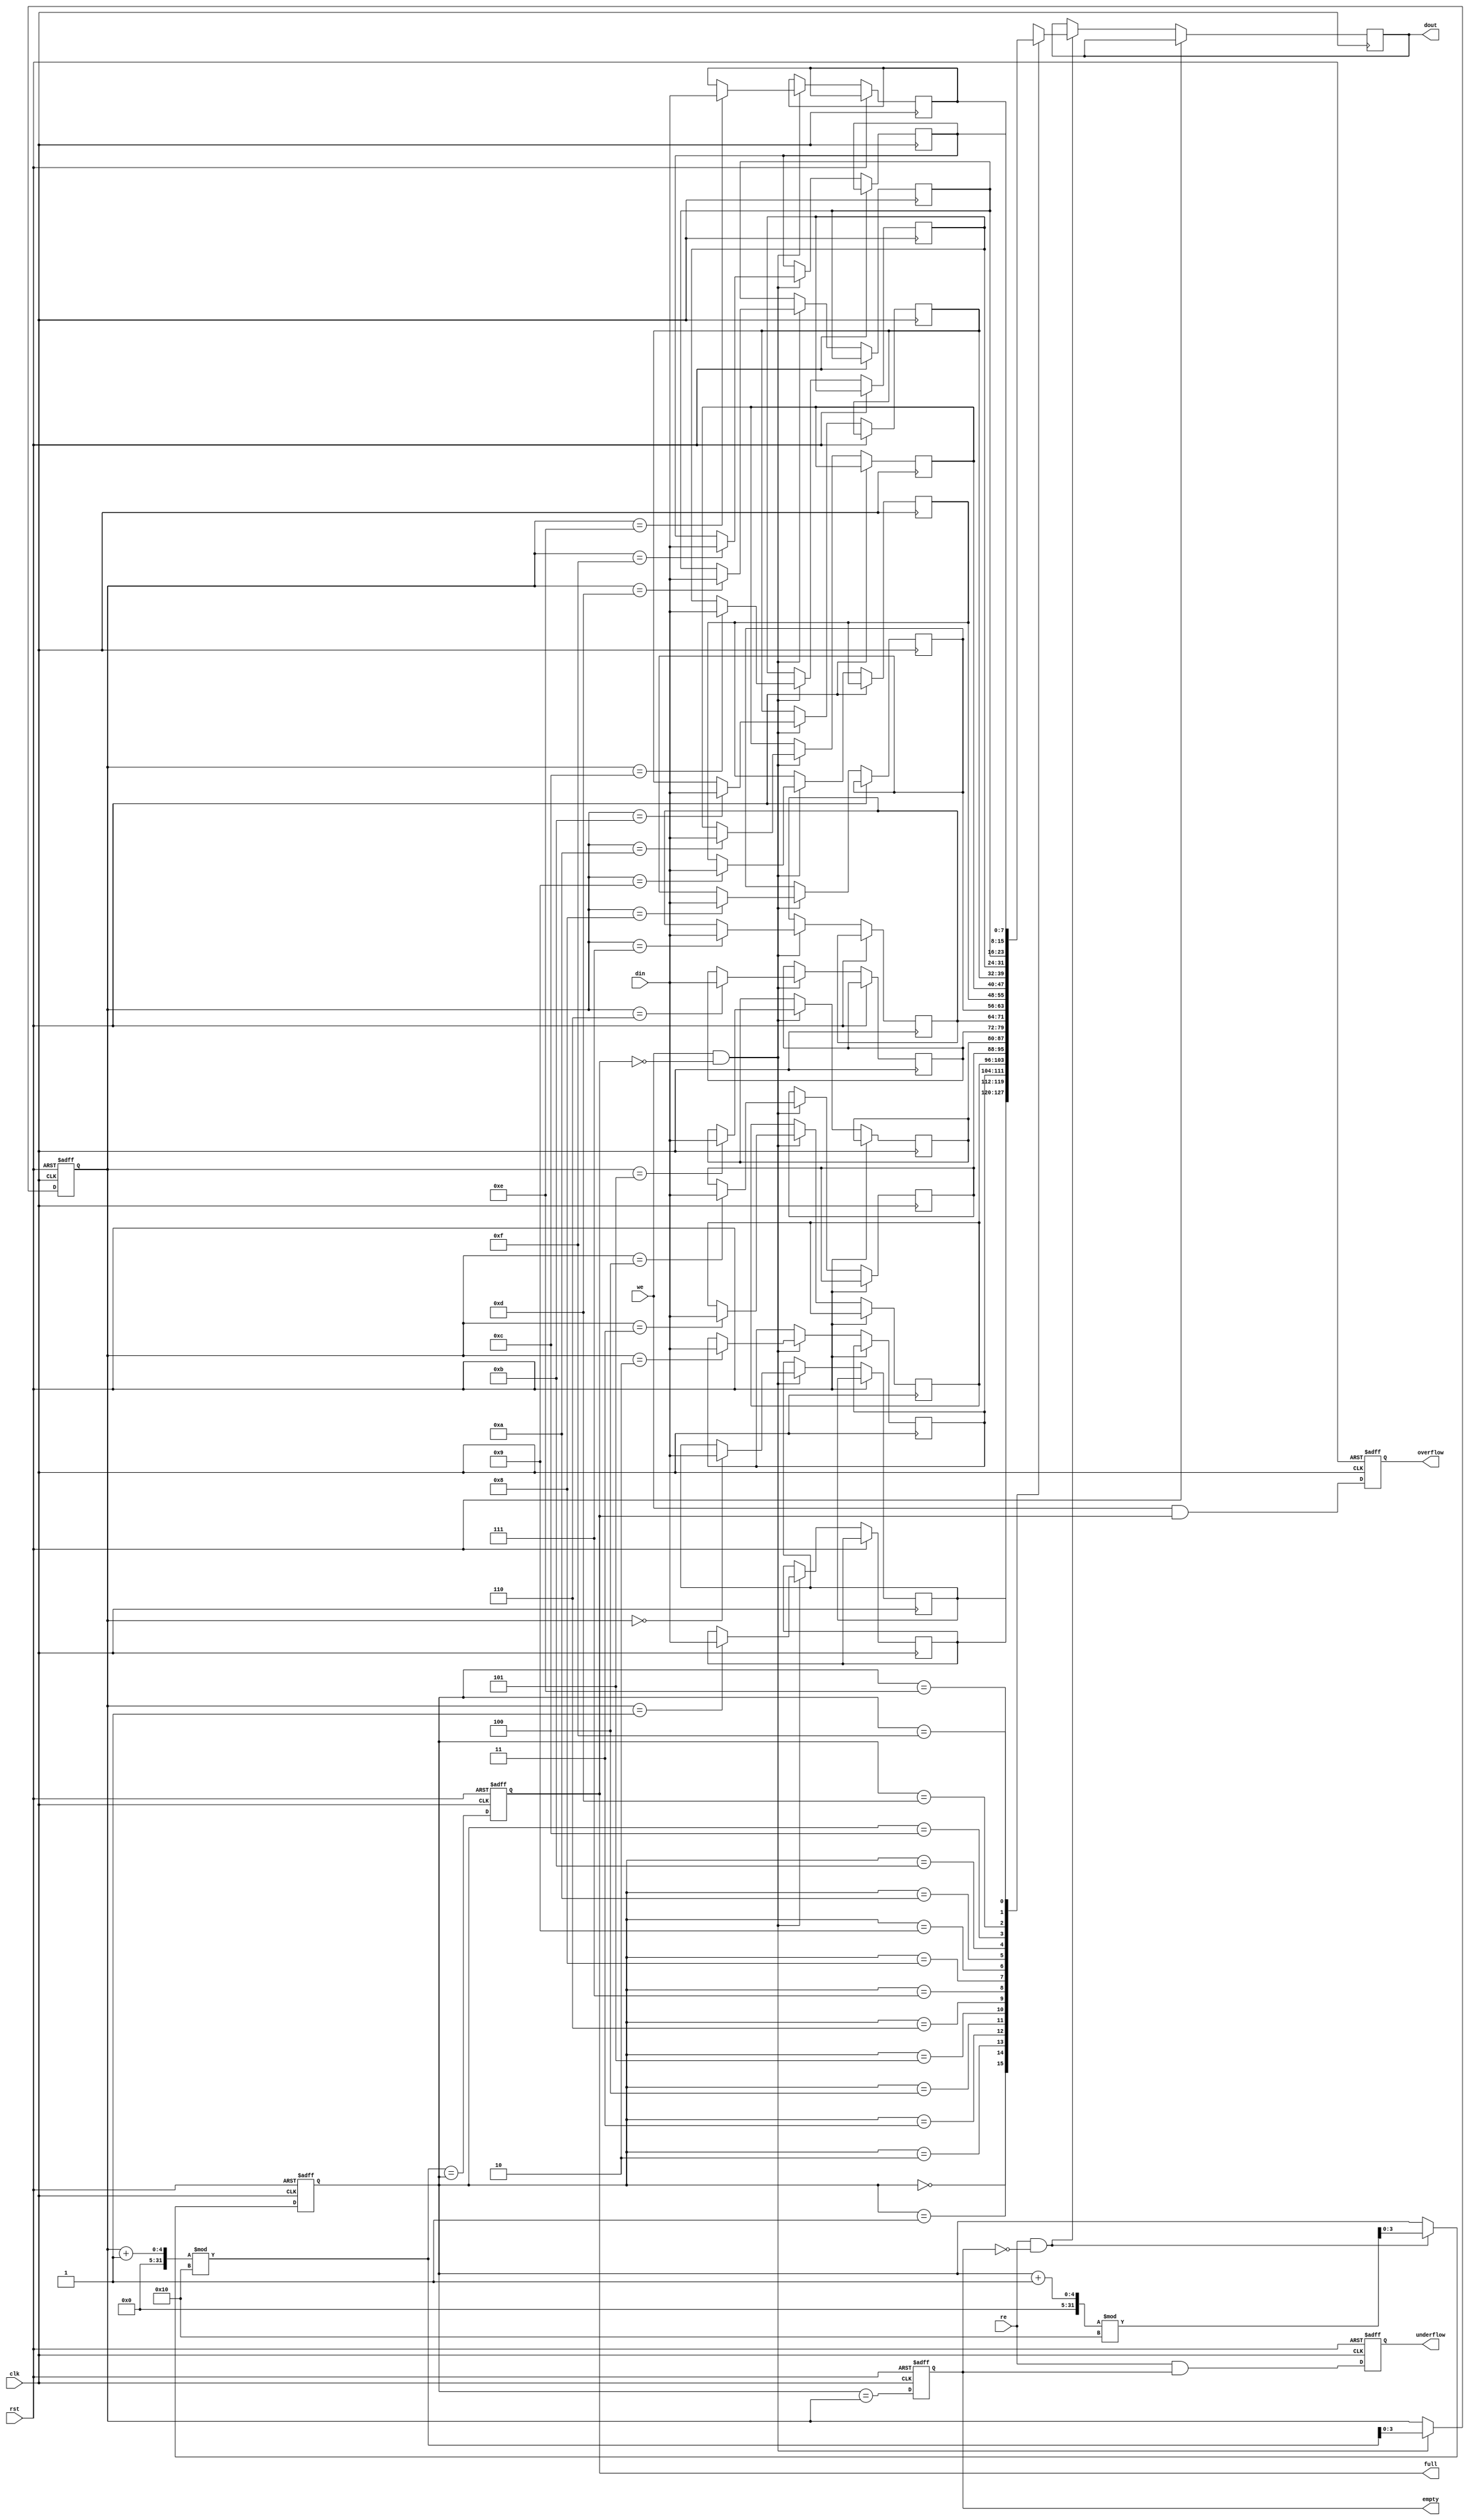
module fifo_sram #(
    parameter DATA_WIDTH = 8,   // Width of the data
    parameter FIFO_DEPTH = 16    // Depth of the FIFO (number of entries)
)(
    input wire clk,              // Clock signal
    input wire rst,              // Reset signal
    input wire we,               // Write enable signal
    input wire re,               // Read enable signal
    input wire [DATA_WIDTH-1:0] din, // Data input
    output reg [DATA_WIDTH-1:0] dout, // Data output
    output reg full,             // FIFO full flag
    output reg empty,            // FIFO empty flag
    output reg overflow,         // Overflow flag
    output reg underflow         // Underflow flag
);

    // Internal memory array
    reg [DATA_WIDTH-1:0] memory [0:FIFO_DEPTH-1];

    // Pointer registers
    reg [$clog2(FIFO_DEPTH)-1:0] head;
    reg [$clog2(FIFO_DEPTH)-1:0] tail;

    // Initialize FIFO
    always @(posedge clk or posedge rst) begin
        if (rst) begin
            head <= 0;
            tail <= 0;
            full <= 0;
            empty <= 1;
            overflow <= 0;
            underflow <= 0;
        end else begin
            // Write operation
            if (we && !full) begin
                memory[tail] <= din; // Write data to FIFO
                tail <= (tail + 1) % FIFO_DEPTH; // Increment tail
            end

            // Read operation
            if (re && !empty) begin
                dout <= memory[head]; // Read data from FIFO
                head <= (head + 1) % FIFO_DEPTH; // Increment head
            end

            // Update full and empty flags
            full <= (tail + 1) % FIFO_DEPTH == head; // Check if full
            empty <= head == tail; // Check if empty

            // Overflow and underflow conditions
            overflow <= we && full; // Write when full
            underflow <= re && empty; // Read when empty
        end
    end

endmodule